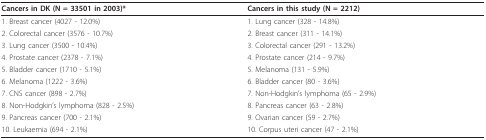
<table><thead><tr><td><b>Cancers in DK (N = 33501 in 2003)*</b></td><td><b>Cancers in this study (N = 2212)</b></td></tr></thead><tbody><tr><td>1. Breast cancer (4027 - 12.0%)</td><td>1. Lung cancer (328 - 14.8%)</td></tr><tr><td>2. Colorectal cancer (3576 - 10.7%)</td><td>2. Breast cancer (311 - 14.1%)</td></tr><tr><td>3. Lung cancer (3500 - 10.4%)</td><td>3. Colorectal cancer (291 - 13.2%)</td></tr><tr><td>4. Prostate cancer (2378 - 7.1%)</td><td>4. Prostate cancer (214 - 9.7%)</td></tr><tr><td>5. Bladder cancer (1710 - 5.1%)</td><td>5. Melanoma (131 - 5.9%)</td></tr><tr><td>6. Melanoma (1222 - 3.6%)</td><td>6. Bladder cancer (80 - 3.6%)</td></tr><tr><td>7. CNS cancer (898 - 2.7%)</td><td>7. Non-Hodgkin&#x27;s lymphoma (65 - 2.9%)</td></tr><tr><td>8. Non-Hodgkin&#x27;s lymphoma (828 - 2.5%)</td><td>8. Pancreas cancer (63 - 2.8%)</td></tr><tr><td>9. Pancreas cancer (700 - 2.1%)</td><td>9. Ovarian cancer (59 - 2.7%)</td></tr><tr><td>10. Leukaemia (694 - 2.1%)</td><td>10. Corpus uteri cancer (47 - 2.1%)</td></tr></tbody></table>